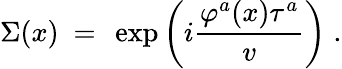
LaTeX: \Sigma(x)~=~\exp\left(i\frac{\varphi^{a}(x)\tau^{a}}{v}\right)\; .